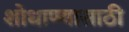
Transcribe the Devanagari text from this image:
शोधाण्यासाठी